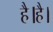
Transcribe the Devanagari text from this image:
है।है।